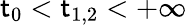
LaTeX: \mathsf{t}_{0}<\mathsf{t}_{1,2}<+\infty